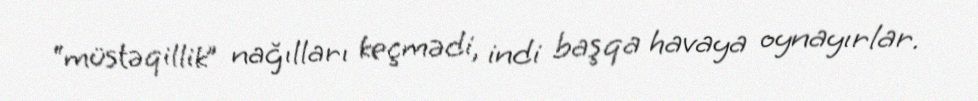
“müstəqillik” nağılları keçmədi, indi başqa havaya oynayırlar.